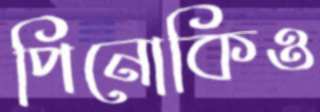
পিনোকিও